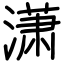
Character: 潇